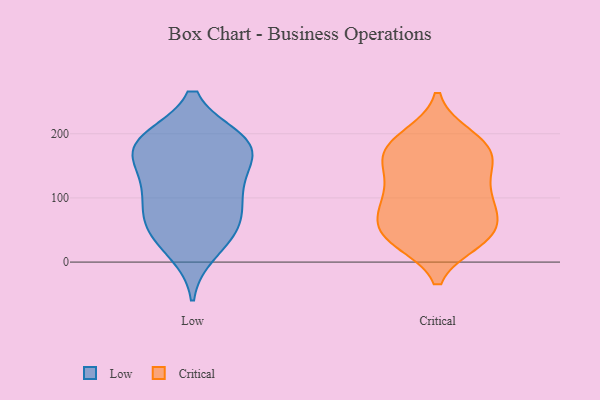
{"axis": {"x": "Demand Index", "y": "Value"}, "legend": ["Critical", "Low"], "data": [{"x": "", "y": 109, "type": "Low"}, {"x": "", "y": 187, "type": "Low"}, {"x": "", "y": 125, "type": "Low"}, {"x": "", "y": 64, "type": "Low"}, {"x": "", "y": 175, "type": "Low"}, {"x": "", "y": 180, "type": "Low"}, {"x": "", "y": 116, "type": "Low"}, {"x": "", "y": 54, "type": "Low"}, {"x": "", "y": 188, "type": "Low"}, {"x": "", "y": 167, "type": "Low"}, {"x": "", "y": 17, "type": "Low"}, {"x": "", "y": 42, "type": "Low"}, {"x": "", "y": 189, "type": "Low"}, {"x": "", "y": 76, "type": "Low"}, {"x": "", "y": 37, "type": "Critical"}, {"x": "", "y": 113, "type": "Critical"}, {"x": "", "y": 184, "type": "Critical"}, {"x": "", "y": 194, "type": "Critical"}, {"x": "", "y": 146, "type": "Critical"}, {"x": "", "y": 55, "type": "Critical"}, {"x": "", "y": 75, "type": "Critical"}, {"x": "", "y": 166, "type": "Critical"}, {"x": "", "y": 39, "type": "Critical"}, {"x": "", "y": 96, "type": "Critical"}, {"x": "", "y": 159, "type": "Critical"}, {"x": "", "y": 88, "type": "Critical"}, {"x": "", "y": 174, "type": "Critical"}, {"x": "", "y": 85, "type": "Critical"}, {"x": "", "y": 196, "type": "Critical"}, {"x": "", "y": 43, "type": "Critical"}, {"x": "", "y": 39, "type": "Critical"}, {"x": "", "y": 155, "type": "Critical"}, {"x": "", "y": 115, "type": "Critical"}, {"x": "", "y": 33, "type": "Critical"}]}